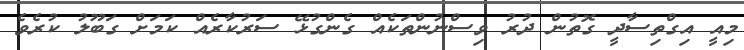
މިއީ އިގްތިސާދީ ގޮތުން ދުރު ވިސްނުންތަކެއް ގެންގުޅޭ ސަރުކާރެއް ކަމަށް ގަބޫލު ކުރެވެ